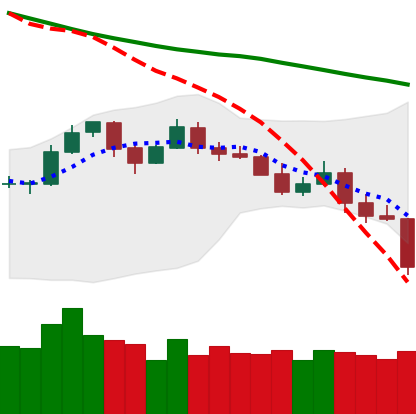
Ticker: LTC-USD
Chart end date: 2019-11-21
Forward return: -7.094%
Label: down_7plus